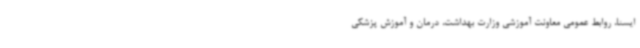
ایسنا، روابط عمومی معاونت آموزشی وزارت بهداشت، درمان و آموزش پزشکی